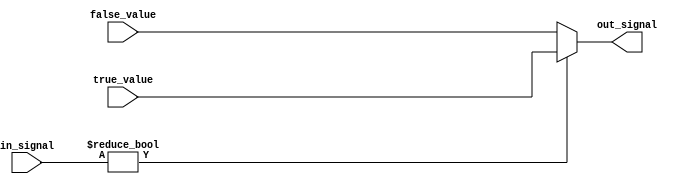
module ConditionalOperatorExample(
    input wire [3:0] in_signal,  // Primary input signal (4-bit)
    input wire [3:0] true_value,  // Value to assign if the condition is true
    input wire [3:0] false_value, // Value to assign if the condition is false
    output reg [3:0] out_signal   // Output signal (4-bit)
);

// Always block to evaluate the conditional assignment
always @* begin
    // Conditional operator usage: If in_signal is non-zero, assign true_value; otherwise assign false_value.
    out_signal = (in_signal != 4'b0000) ? true_value : false_value;
end

endmodule